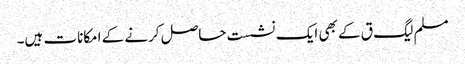
مسلم لیگ ق کے بھی ایک نشست حاصل کرنے کے امکانات ہیں۔